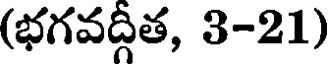
(భగవద్గీత, 3-21)